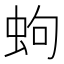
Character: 蚼